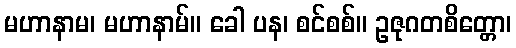
မဟာနာမ၊ မဟာနာမ်။ ခေါ ပန၊ စင်စစ်။ ဥဇုဂတစိတ္တော၊